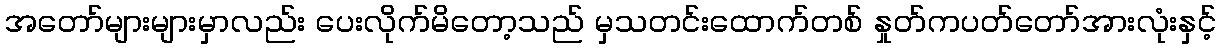
အတော်များများမှာလည်း ပေးလိုက်မိတော့သည် မှသတင်းထောက်တစ် နှုတ်ကပတ်တော်အားလုံးနှင့်